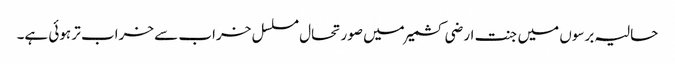
حالیہ برسوں میں جنت ارضی کشمیر میں صورتحال مسلسل خراب سے خراب تر ہوئی ہے۔